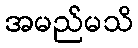
အမည်မသိ